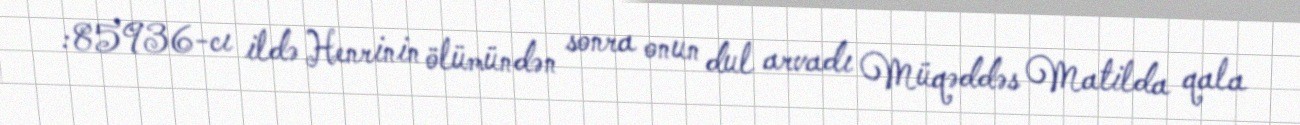
:85936-cı ildə Henrinin ölümündən sonra onun dul arvadı Müqəddəs Matilda qala